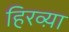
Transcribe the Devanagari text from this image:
हिरव्य़ा